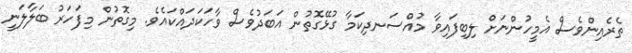
ތެރެއިންވެސް އެމީހުންނަށް ލިބިފައިވާ މުއްސަނދިކަމާ ގުޅޭގޮތުން އަބަދުވެސް ވާހަކަދައްކައެވެ. މިގޮތުން މިފަހަރު ބަލާލަނީ